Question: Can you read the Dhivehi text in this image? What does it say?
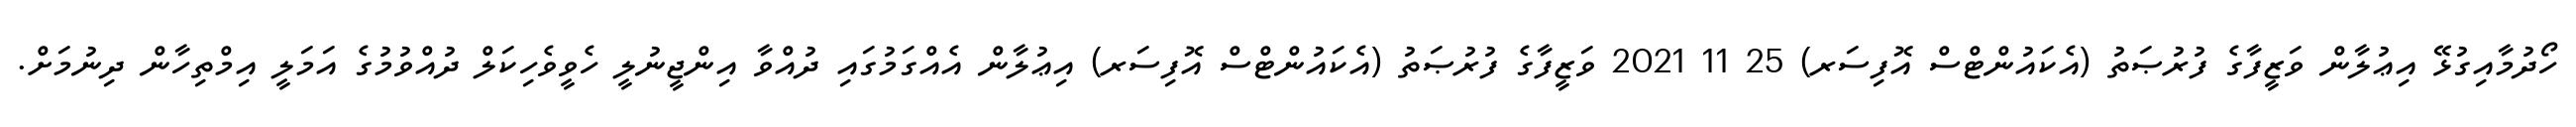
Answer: ހޯދުމާއިގުޅޭ އިޢުލާން ވަޒީފާގެ ފުރުޞަތު (އެކައުންޓްސް އޮފިސަރ) 25 11 2021 ވަޒީފާގެ ފުރުޞަތު (އެކައުންޓްސް އޮފިސަރ) އިޢުލާން އެއްގަމުގައި ދުއްވާ އިންޖީނުލީ ހެވީވެހިކަލް ދުއްވުމުގެ އަމަލީ އިމްތިހާން ދިނުމަށް.